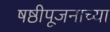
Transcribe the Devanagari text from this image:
षष्ठीपूजनाच्या